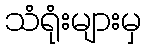
သံရုံးများမှ